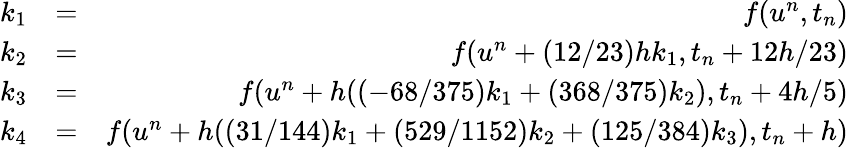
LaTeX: \begin{array}{rlr}{k_{1}}&{=}&{f(u^{n},t_{n})}\\ {k_{2}}&{=}&{f(u^{n}+(12/23)hk_{1},t_{n}+12h/23)}\\ {k_{3}}&{=}&{f(u^{n}+h((-68/375)k_{1}+(368/375)k_{2}),t_{n}+4h/5)}\\ {k_{4}}&{=}&{f(u^{n}+h((31/144)k_{1}+(529/1152)k_{2}+(125/384)k_{3}),t_{n}+h)}\end{array}